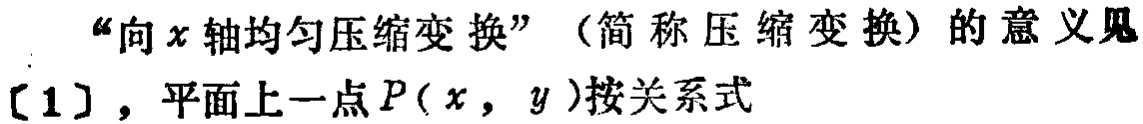
“向\(x\)轴均匀压缩变换”（简称压缩变换）的意义见[1]，平面上一点\(P(x,y)\)按关系式